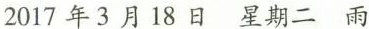
2017年3月18日 星期二 雨